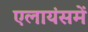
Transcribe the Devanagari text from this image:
एलायंसमें